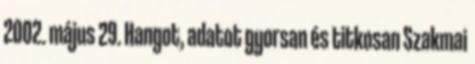
2002. május 29. Hangot, adatot gyorsan és titkosan Szakmai